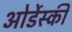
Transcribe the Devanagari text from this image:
ओर्डेस्की